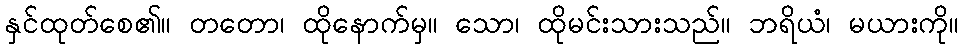
နှင်ထုတ်စေ၏။ တတော၊ ထိုနောက်မှ။ သော၊ ထိုမင်းသားသည်။ ဘရိယံ၊ မယားကို။